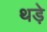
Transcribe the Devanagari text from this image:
थड़े